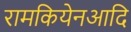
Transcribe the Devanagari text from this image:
रामकियेनआदि